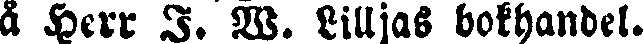
a Herr I. W. Lilljas bokhandel.